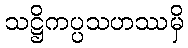
သဋ္ဌိကပ္ပသဟဿမှိ